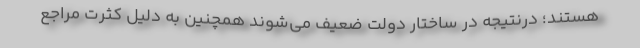
هستند؛ درنتیجه در ساختار دولت ضعیف می‌شوند همچنین به دلیل کثرت مراجع